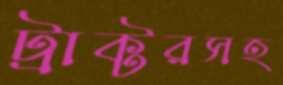
ট্রাক্টরসহ